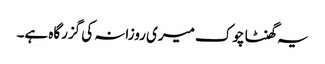
یہ گھنٹا چوک میری روزانہ کی گزرگاہ ہے۔